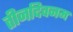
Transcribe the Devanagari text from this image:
तीनदिवनम